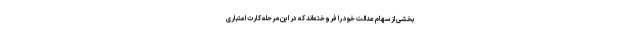
بخشی از سهام عدالت خود را فروخته‌اند که در این مرحله کارت اعتباری